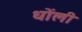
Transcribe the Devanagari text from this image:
धोंली